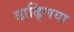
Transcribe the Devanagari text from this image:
ढाढ्णिया